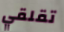
تقلقي